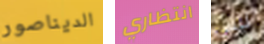
الديناصور انتظاري ليس